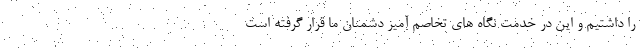
را داشتیم و این در خدمت نگاه های تخاصم آمیز دشمنان ما قرار گرفته است